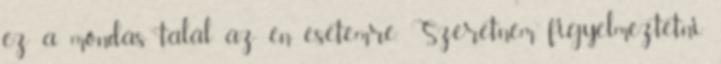
ez a mondás talál az én esetemre. Szeretném figyelmeztetni